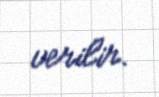
verilir.